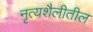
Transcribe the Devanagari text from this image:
नृत्यशैलीतील